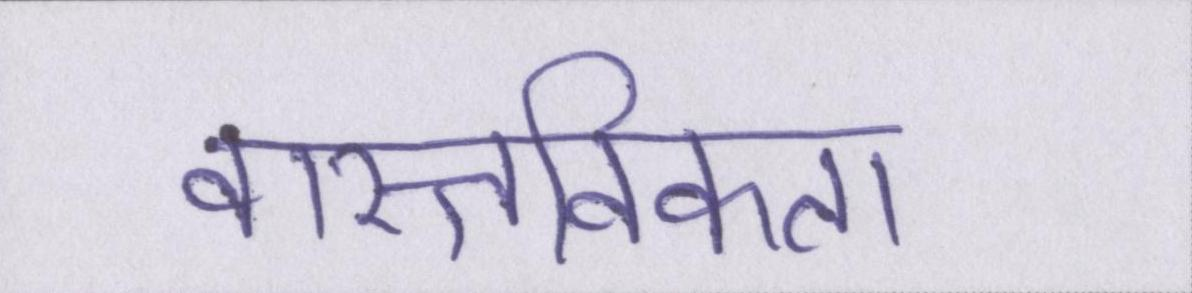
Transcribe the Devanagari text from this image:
वास्तविकता